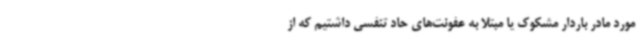
مورد مادر باردار مشکوک یا مبتلا به عفونت‌های حاد تنفسی داشتیم که از